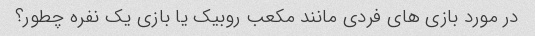
در مورد بازی های فردی مانند مکعب روبیک یا بازی یک نفره چطور؟